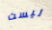
ليست